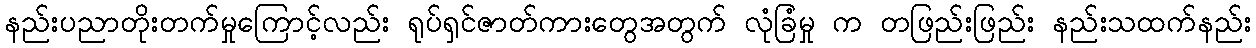
နည်းပညာတိုးတက်မှုကြောင့်လည်း ရုပ်ရှင်ဇာတ်ကားတွေအတွက် လုံခြံမှု က တဖြည်းဖြည်း နည်းသထက်နည်း